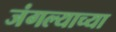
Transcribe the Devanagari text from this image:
जंगल्याच्या